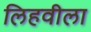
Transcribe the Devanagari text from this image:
लिहवीला